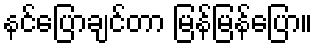
နင်ပြောချင်တာ မြန်မြန်ပြော။